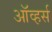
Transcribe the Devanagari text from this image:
ऑव्हर्स